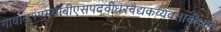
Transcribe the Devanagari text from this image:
गावात१एमबीबीएसपदवीधरवैद्यकव्यवसायीआहे